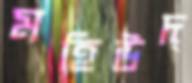
মহিউদ্